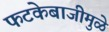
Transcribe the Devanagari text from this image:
फटकेबाजीमुळे